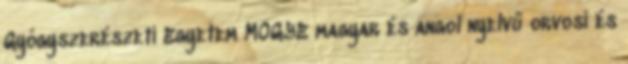
Gyógyszerészeti Egyetem MOGYE magyar és angol nyelvű orvosi és